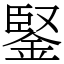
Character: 鋻